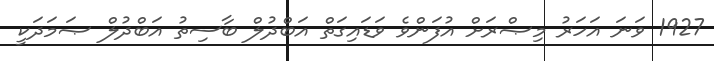
1927 ވަނަ އަހަރު މިޞްރަށް އުފަންވެ ވަޑައިގަތް އަބްދުލް ބާސިތު އަބްދުލް ޞަމަދަކީ